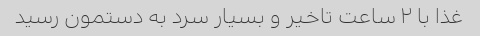
غذا با ۲ ساعت تاخیر و بسیار سرد به دستمون رسید